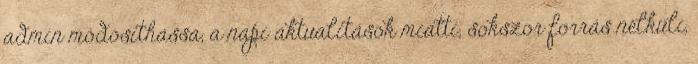
admin módosíthassa, a napi aktualitások miatti, sokszor forrás nélküli,